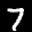
Label: 7